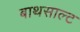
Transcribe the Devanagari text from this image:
बाथसाल्ट